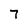
Character: 7